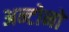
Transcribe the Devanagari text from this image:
अन्टोनो